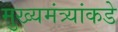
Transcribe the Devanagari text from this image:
मुख्यमंत्र्यांकडे